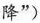
降”)